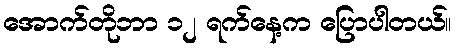
အောက်တိုဘာ ၁၂ ရက်နေ့က ပြောပါတယ်။